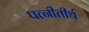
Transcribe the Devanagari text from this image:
पत्नीतीर्थ